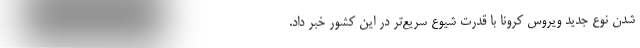
شدن نوع جدید ویروس کرونا با قدرت شیوع سریع‌تر در این کشور خبر داد.